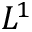
L ^ { 1 }